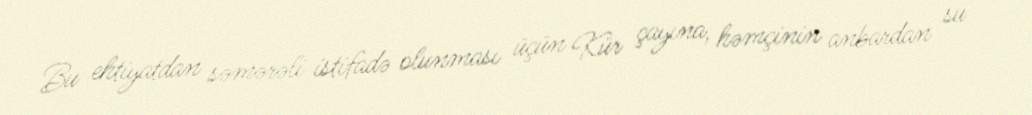
Bu ehtiyatdan səmərəli istifadə olunması üçün Kür çayına, həmçinin anbardan su